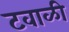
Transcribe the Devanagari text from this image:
टवाळी